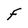
Character: F